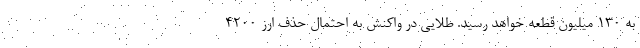
به ۱۳۰ میلیون قطعه خواهد رسید. طلایی در واکنش به احتمال حذف ارز ۴۲۰۰